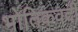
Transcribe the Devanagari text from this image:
भोतिकवदी